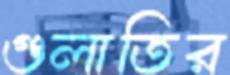
গুলাতির